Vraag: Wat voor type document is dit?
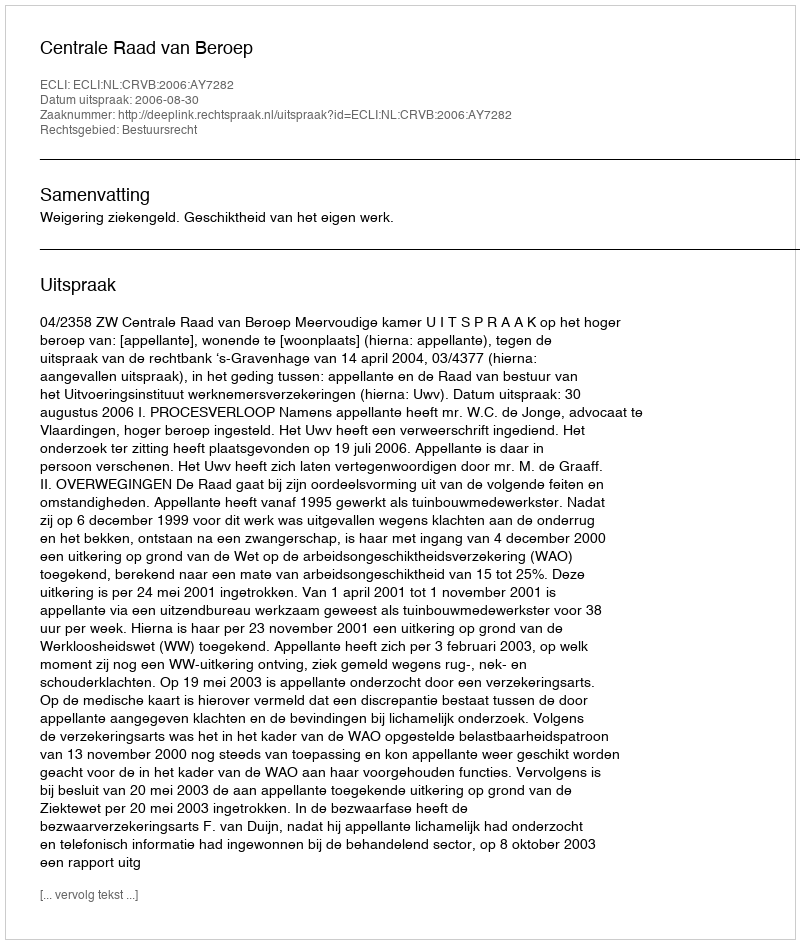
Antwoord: Uitspraak